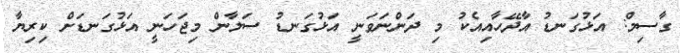
ގާސިމް: އަޅުގަނޑު އާދޭހާއިއެކު މި ދަންނަވަނީ އަޅުގަނޑު ސަލާން މިޖަހަނީ އަޅުގަނޑަށް ކިރިޔާ